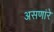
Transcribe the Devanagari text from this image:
असणांरे